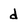
Character: d